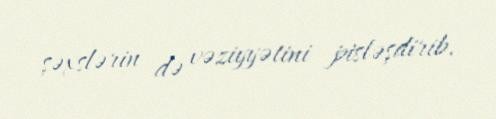
şəxslərin də vəziyyətini pisləşdirib.